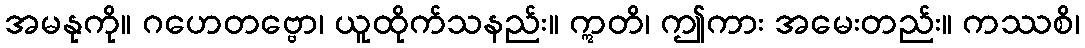
အမနုကို။ ဂဟေတဗ္ဗော၊ ယူထိုက်သနည်း။ ဣတိ၊ ဤကား အမေးတည်း။ ကဿစိ၊